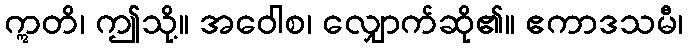
ဣတိ၊ ဤသို့။ အဝေါစ၊ လျှောက်ဆို၏။ ဧကာဒသမီ၊